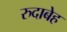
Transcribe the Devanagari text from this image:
रुदाबेह